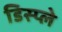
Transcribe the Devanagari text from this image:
डिस्‍प्ले